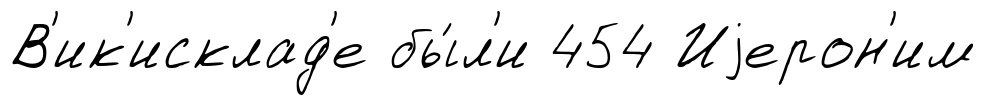
В'ик'исклад'е бы́л'и 454 Иjерон'им